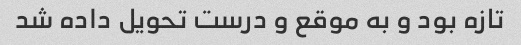
تازه بود و به موقع و درست تحویل داده شد